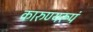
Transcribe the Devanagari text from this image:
कारुण्यरूपं